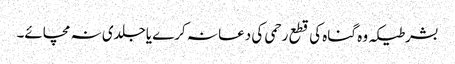
بشرطیکہ وہ گناہ کی قطع رحمی کی دعا نہ کرے یاجلدی نہ مچائے۔